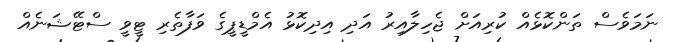
ނަމަވެސް ތަންކޮޅެއް ކުރިއަށް ޖެހިލާއިރު އަދި އިދިކޮޅު އެމްޑީޕީގެ ވަފާތެރި ޓީވީ ސްޓޭޝަނެއް